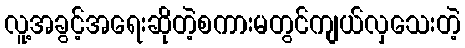
လူ့အခွင့်အရေးဆိုတဲ့စကားမတွင်ကျယ်လှသေးတဲ့